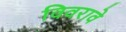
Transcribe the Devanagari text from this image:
विवरावे